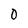
Character: 0